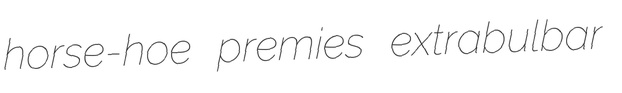
horse-hoe premies extrabulbar